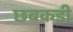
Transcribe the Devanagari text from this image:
छबकडी